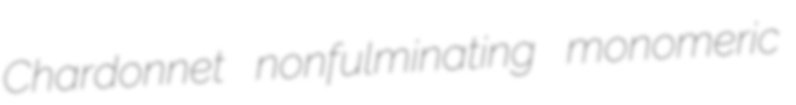
Chardonnet nonfulminating monomeric